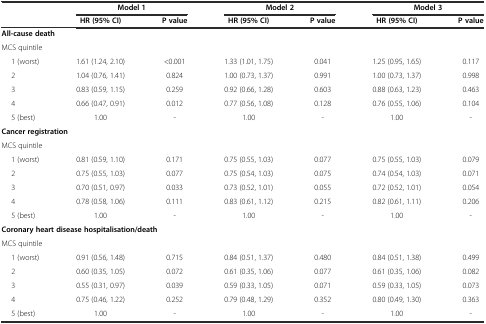
<table><thead><tr><td></td><td colspan="2"><b>Model 1</b></td><td colspan="2"><b>Model 2</b></td><td colspan="2"><b>Model 3</b></td></tr><tr><td></td><td><b>HR (95% CI)</b></td><td><b>P value</b></td><td><b>HR (95% CI)</b></td><td><b>P value</b></td><td><b>HR (95% CI)</b></td><td><b>P value</b></td></tr></thead><tbody><tr><td colspan="2"><b>All-cause death</b></td><td></td><td></td><td></td><td></td><td></td></tr><tr><td colspan="2">MCS quintile</td><td></td><td></td><td></td><td></td><td></td></tr><tr><td>1 (worst)</td><td>1.61 (1.24, 2.10)</td><td>&lt;0.001</td><td>1.33 (1.01, 1.75)</td><td>0.041</td><td>1.25 (0.95, 1.65)</td><td>0.117</td></tr><tr><td>2</td><td>1.04 (0.76, 1.41)</td><td>0.824</td><td>1.00 (0.73, 1.37)</td><td>0.991</td><td>1.00 (0.73, 1.37)</td><td>0.998</td></tr><tr><td>3</td><td>0.83 (0.59, 1.15)</td><td>0.259</td><td>0.92 (0.66, 1.28)</td><td>0.603</td><td>0.88 (0.63, 1.23)</td><td>0.463</td></tr><tr><td>4</td><td>0.66 (0.47, 0.91)</td><td>0.012</td><td>0.77 (0.56, 1.08)</td><td>0.128</td><td>0.76 (0.55, 1.06)</td><td>0.104</td></tr><tr><td>5 (best)</td><td>1.00</td><td>-</td><td>1.00</td><td>-</td><td>1.00</td><td>-</td></tr><tr><td colspan="2"><b>Cancer registration</b></td><td></td><td></td><td></td><td></td><td></td></tr><tr><td colspan="2">MCS quintile</td><td></td><td></td><td></td><td></td><td></td></tr><tr><td>1 (worst)</td><td>0.81 (0.59, 1.10)</td><td>0.171</td><td>0.75 (0.55, 1.03)</td><td>0.077</td><td>0.75 (0.55, 1.03)</td><td>0.079</td></tr><tr><td>2</td><td>0.75 (0.55, 1.03)</td><td>0.077</td><td>0.75 (0.54, 1.03)</td><td>0.075</td><td>0.74 (0.54, 1.03)</td><td>0.071</td></tr><tr><td>3</td><td>0.70 (0.51, 0.97)</td><td>0.033</td><td>0.73 (0.52, 1.01)</td><td>0.055</td><td>0.72 (0.52, 1.01)</td><td>0.054</td></tr><tr><td>4</td><td>0.78 (0.58, 1.06)</td><td>0.111</td><td>0.83 (0.61, 1.12)</td><td>0.215</td><td>0.82 (0.61, 1.11)</td><td>0.206</td></tr><tr><td>5 (best)</td><td>1.00</td><td>-</td><td>1.00</td><td>-</td><td>1.00</td><td>-</td></tr><tr><td colspan="4"><b>Coronary heart disease hospitalisation/death</b></td><td></td><td></td><td></td></tr><tr><td colspan="2">MCS quintile</td><td></td><td></td><td></td><td></td><td></td></tr><tr><td>1 (worst)</td><td>0.91 (0.56, 1.48)</td><td>0.715</td><td>0.84 (0.51, 1.37)</td><td>0.480</td><td>0.84 (0.51, 1.38)</td><td>0.499</td></tr><tr><td>2</td><td>0.60 (0.35, 1.05)</td><td>0.072</td><td>0.61 (0.35, 1.06)</td><td>0.077</td><td>0.61 (0.35, 1.06)</td><td>0.082</td></tr><tr><td>3</td><td>0.55 (0.31, 0.97)</td><td>0.039</td><td>0.59 (0.33, 1.05)</td><td>0.071</td><td>0.59 (0.33, 1.05)</td><td>0.073</td></tr><tr><td>4</td><td>0.75 (0.46, 1.22)</td><td>0.252</td><td>0.79 (0.48, 1.29)</td><td>0.352</td><td>0.80 (0.49, 1.30)</td><td>0.363</td></tr><tr><td>5 (best)</td><td>1.00</td><td>-</td><td>1.00</td><td>-</td><td>1.00</td><td>-</td></tr></tbody></table>